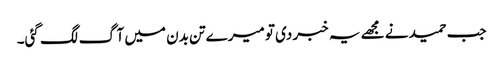
جب حمید نے مجھے یہ خبر دی تو میرے تن بدن میں آگ لگ گئی۔